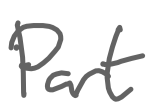
Text: Part
Cross-out: clean
Writing tool: digital_gray